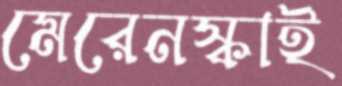
মেরেনস্কাই